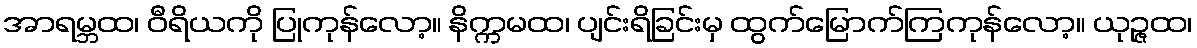
အာရမ္ဘထ၊ ဝီရိယကို ပြုကုန်လော့။ နိက္ကမထ၊ ပျင်းရိခြင်းမှ ထွက်မြောက်ကြကုန်လော့။ ယုဉ္ဇထ၊